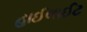
હાઈલાઈટ